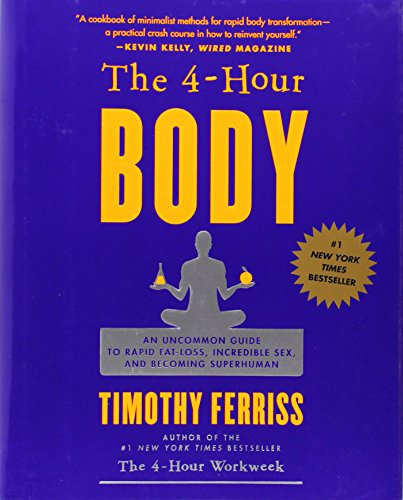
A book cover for The 4 Hour Body: An Uncommon Guide to Rapid Fat Loss, Incredible Sex and Becoming Superhuman; Timothy Ferriss; Health, Fitness & Dieting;